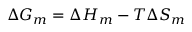
\Delta G _ { m } = \Delta H _ { m } - T \Delta S _ { m }